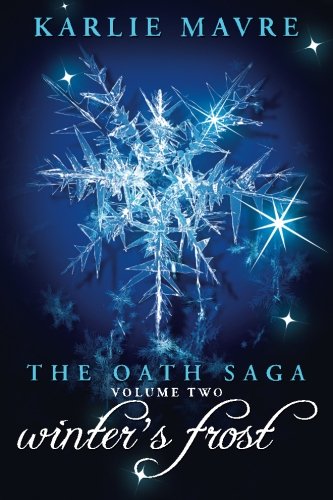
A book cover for The Oath Saga: Winter's Frost (Volume 2); Karlie Mavre; Science Fiction & Fantasy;